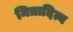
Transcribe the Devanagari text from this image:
मित्रादित्य